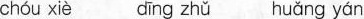
chóu xiè ding zhǔ huǎng yán